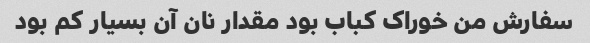
سفارش من خوراک کباب بود مقدار نان آن بسیار کم بود